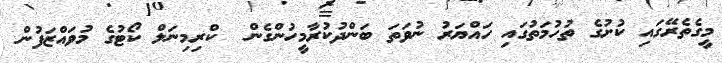
މީގެތެރޭގައި ކުށުގެ ތުހުމަތުގައި ހައްޔަރު ނުވަތަ ބަންދުކުރާމީހުންގެން  ކްރިމިނަލް ކޯޓުގެ މުވައްޒަފުން